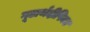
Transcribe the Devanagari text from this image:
गूढार्थदीपिका